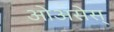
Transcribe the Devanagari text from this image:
ओअसेस्